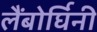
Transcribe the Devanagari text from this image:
लैंबोर्घिनी